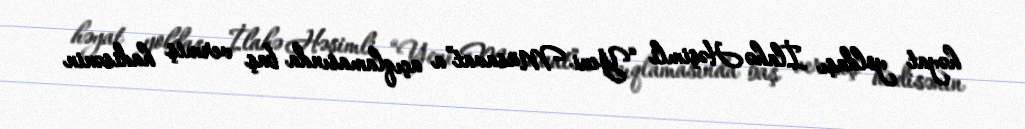
həyat yoldaşı İlahə Həşimli “Yeni Müsavat”a açıqlamasında baş vermiş hadisənin